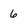
Character: 6